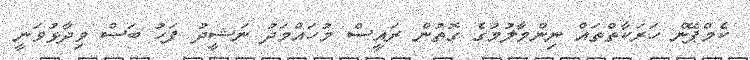
ކެމްޕޭން ހަރަކާތްތައް ނިންމާލުމުގެ ގޮތުން ރައީސް މުހައްމަދު ނަޝީދު ފަހު ބަސް ވިދާޅުވަނީ